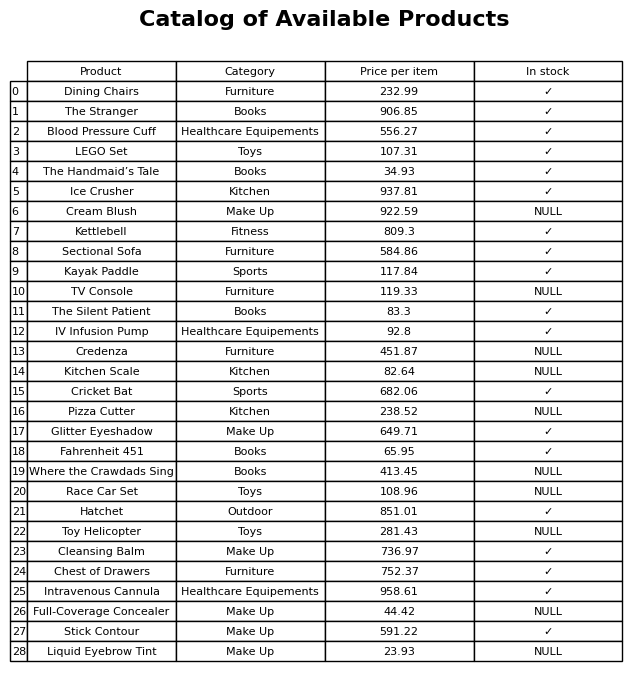
question: What is the price for The Silent Patient?
answer: The price of The Silent Patient is 83.3.